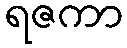
ရဇကာ